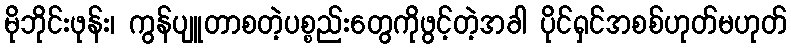
မိုဘိုင်းဖုန်း၊ ကွန်ပျူတာစတဲ့ပစ္စည်းတွေကိုဖွင့်တဲ့အခါ ပိုင်ရှင်အစစ်ဟုတ်မဟုတ်